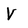
Character: V